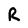
Character: R